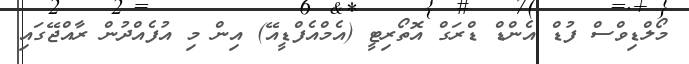
މޯލްޑިވްސް ފުޑް އެންޑް ޑްރަގް އޮތޯރިޓީ (އެމްއެފްޑީއޭ) އިން މި އުފެއްދުން ރާއްޖޭގައި